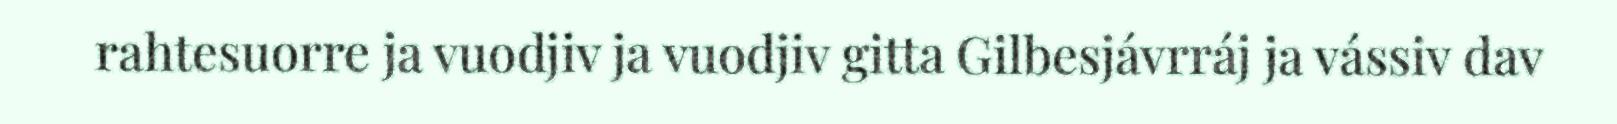
rahtesuorre ja vuodjiv ja vuodjiv gitta Gilbesjávrráj ja vássiv dav